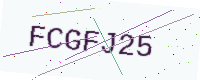
Text: FCGFJ25